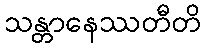
သန္တာနေဿတီတိ